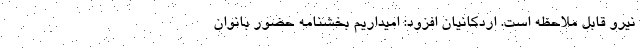
نیرو قابل ملاحظه است. اردکانیان افزود: امیداریم بخشنامه حضور بانوان